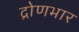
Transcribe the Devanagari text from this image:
द्रोणभार